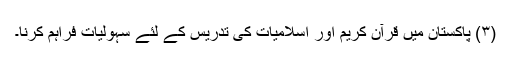
(۳) پاکستان میں قرآن کریم اور اسلامیات کی تدریس کے لئے سہولیات فراہم کرنا۔